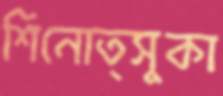
শিনোত্সুকা